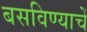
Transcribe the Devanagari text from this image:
बसविण्याचें